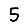
Digit: 5